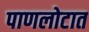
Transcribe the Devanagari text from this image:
पाणलोटात